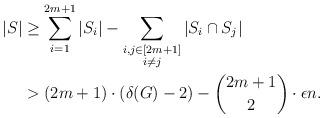
LaTeX: \begin{align*}|S|&\geq \sum\limits_{i=1}^{2m+1}|S_i|-\sum\limits_{\substack{i,j\in[2m+1]\\i\neq j}}|S_i\cap S_j|\\&>(2m+1)\cdot (\delta(G)-2)-\binom{2m+1}{2}\cdot \epsilon n.\end{align*}